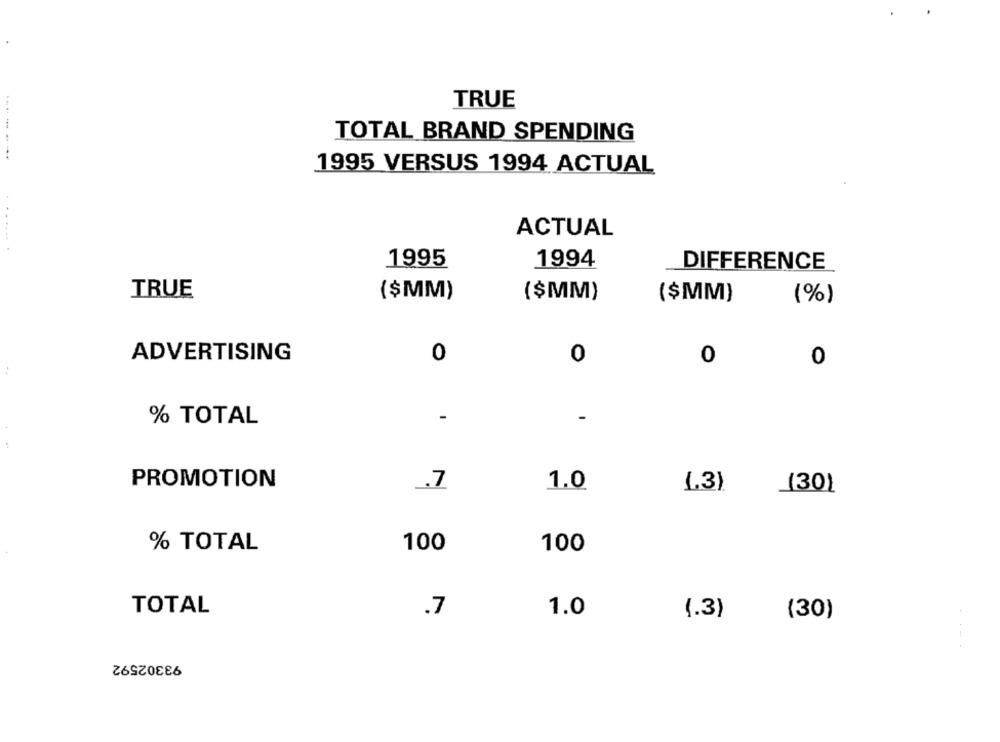
TRUE
TOTAL BRAND SPENDING
1995 VERSUS 1994 ACTUAL
ACTUAL
....... .
1995
1994
DIFFERENCE
TRUE
($MM)
($MM)
($MM)
(%)
ADVERTISING
0
0
0
0
% TOTAL
-
-
PROMOTION
.. 7
1.0
1.3)
(30)
% TOTAL
100
100
TOTAL
.7
1.0
(.3)
(30
93302592